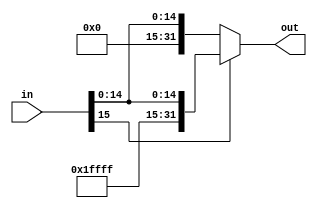
module signExtend (in, out);
  input [15:0] in;
  output [31:0] out;

  assign out = (in[15] == 1) ? {16'b1111111111111111, in} : {16'b0000000000000000, in};
endmodule